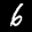
Label: 6